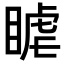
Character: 𥈴